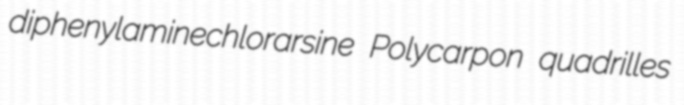
diphenylaminechlorarsine Polycarpon quadrilles